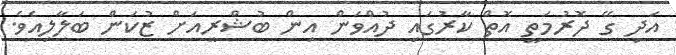
އަދި ގޭ ދޮރުމަތީ އޮތް ކާރުގައި ދުއްވަން އިން ބުޝްރީއަށް ޒުކަން ބަލާލިއެވެ.